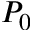
P _ { 0 }